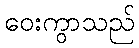
ဝေးကွာသည်